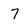
Character: 7